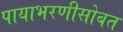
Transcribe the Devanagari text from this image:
पायाभरणीसोबत